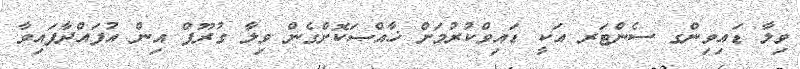
ވިލާ ޑައިވިންގ ސެންޓަރ އަކީ ޑައިވްކުރުމަށް ޚާއްޞަކޮށްގެން ވިލާ ގުރޫޕް އިން އުފައްދާފައިވާ